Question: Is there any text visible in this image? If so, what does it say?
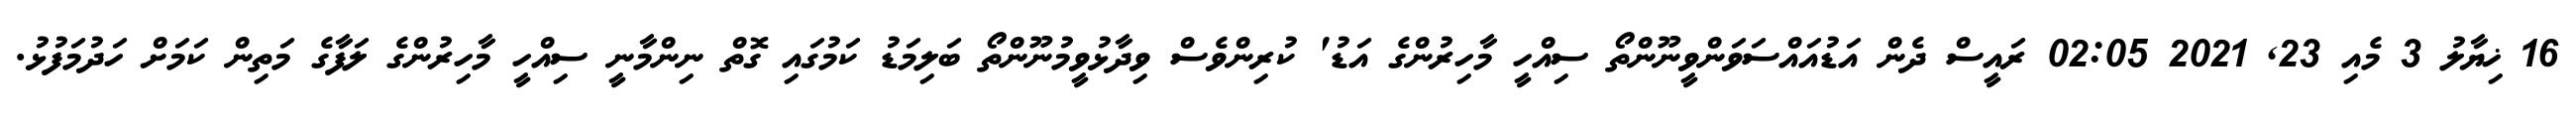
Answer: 16 ޚިޔާލު 3 މެއި 23, 2021 02:05 ރައީސް ދެން އަޑުއައްސަވަންވީނޫންތޯ ސިއްހީ މާހިރުންގެ އަޑު' ކުރިންވެސް ވިދާޅުވީމުނޫންތޯ ބަލިމަޑު ކަމުގައި ގޮތް ނިންމާނީ ސިއްހީ މާހިރުންގެ ލަފާގެ މަތިން ކަމަށް ހަދުމަފުޅު.